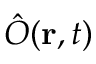
\hat { O } ( { \bf r } , t )